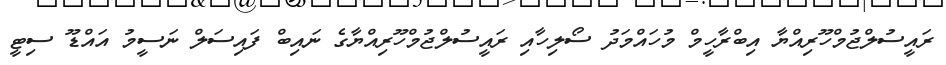
ރައީސުލްޖުމްހޫރިއްޔާ އިބްރާހީމް މުހައްމަދު ސޯލިހާއި ރައީސުލްޖުމްހޫރިއްޔާގެ ނައިބް ފައިސަލް ނަސީމު އައްޑޫ ސިޓީ